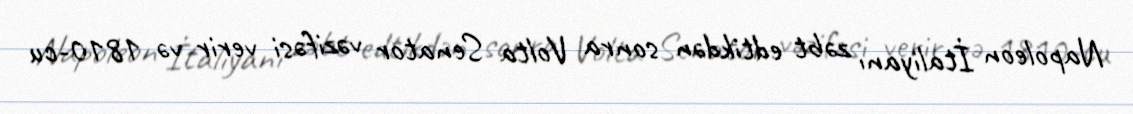
Napoleon İtaliyanı zəbt edtikdən sonra Volta Senator vəzifəsi verir və 1810-cu